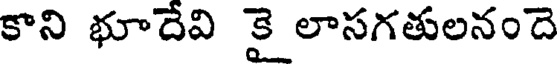
కాని భూదేవి కై లాసగతులనందె